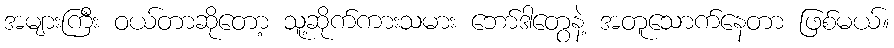
အများကြီး ဝယ်တာဆိုတော့ သူ့ဆိုက်ကားသမား ဘော်ဒါတွေနဲ့ အတူသောက်နေတာ ဖြစ်မယ်။